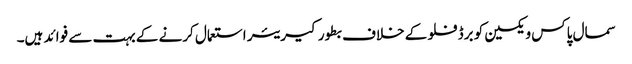
سمال پاکس ویکسین کو برڈ فلو کے خلاف بطور کیریئر استعمال کرنے کے بہت سے فوائد ہیں۔